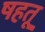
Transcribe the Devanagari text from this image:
षहतू